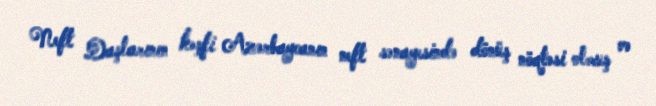
Neft Daşlarının kəşfi Azərbaycanın neft sənayesində dönüş nöqtəsi olmuş və